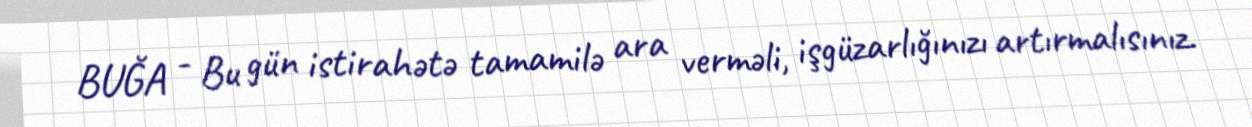
BUĞA - Bu gün istirahətə tamamilə ara verməli, işgüzarlığınızı artırmalısınız.